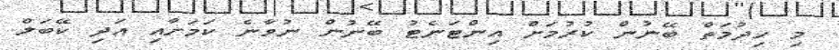
މި ހިދުމަތް ބޭނުން ކުރުމަށް އިންޓަނެޓު ބޭނުން ނުވާނެ ކަމަށާއި އަދި ކޭބަލް